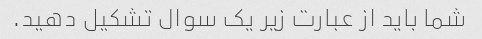
شما باید از عبارت زیر یک سوال تشکیل دهید.